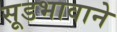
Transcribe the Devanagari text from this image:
सूडभावाने